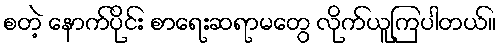
စတဲ့ နောက်ပိုင်း စာရေးဆရာမတွေ လိုက်ယူကြပါတယ်။